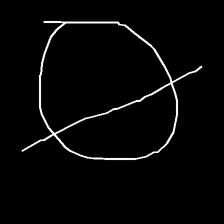
Glyph: orb